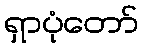
ရှာပုံတော်